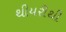
થીયરીથી